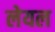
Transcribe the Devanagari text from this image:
लेयल